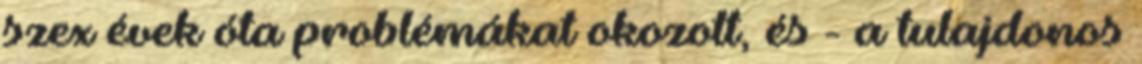
szex évek óta problémákat okozott, és - a tulajdonos